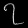
Digit: ၇